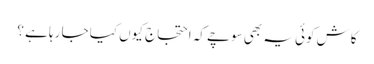
کاش کوئی یہ بھی سوچے کہ احتجاج کیوں کیا جا رہا ہے ؟